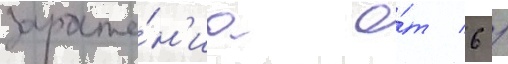
зараже́н'иа о́т 6 /